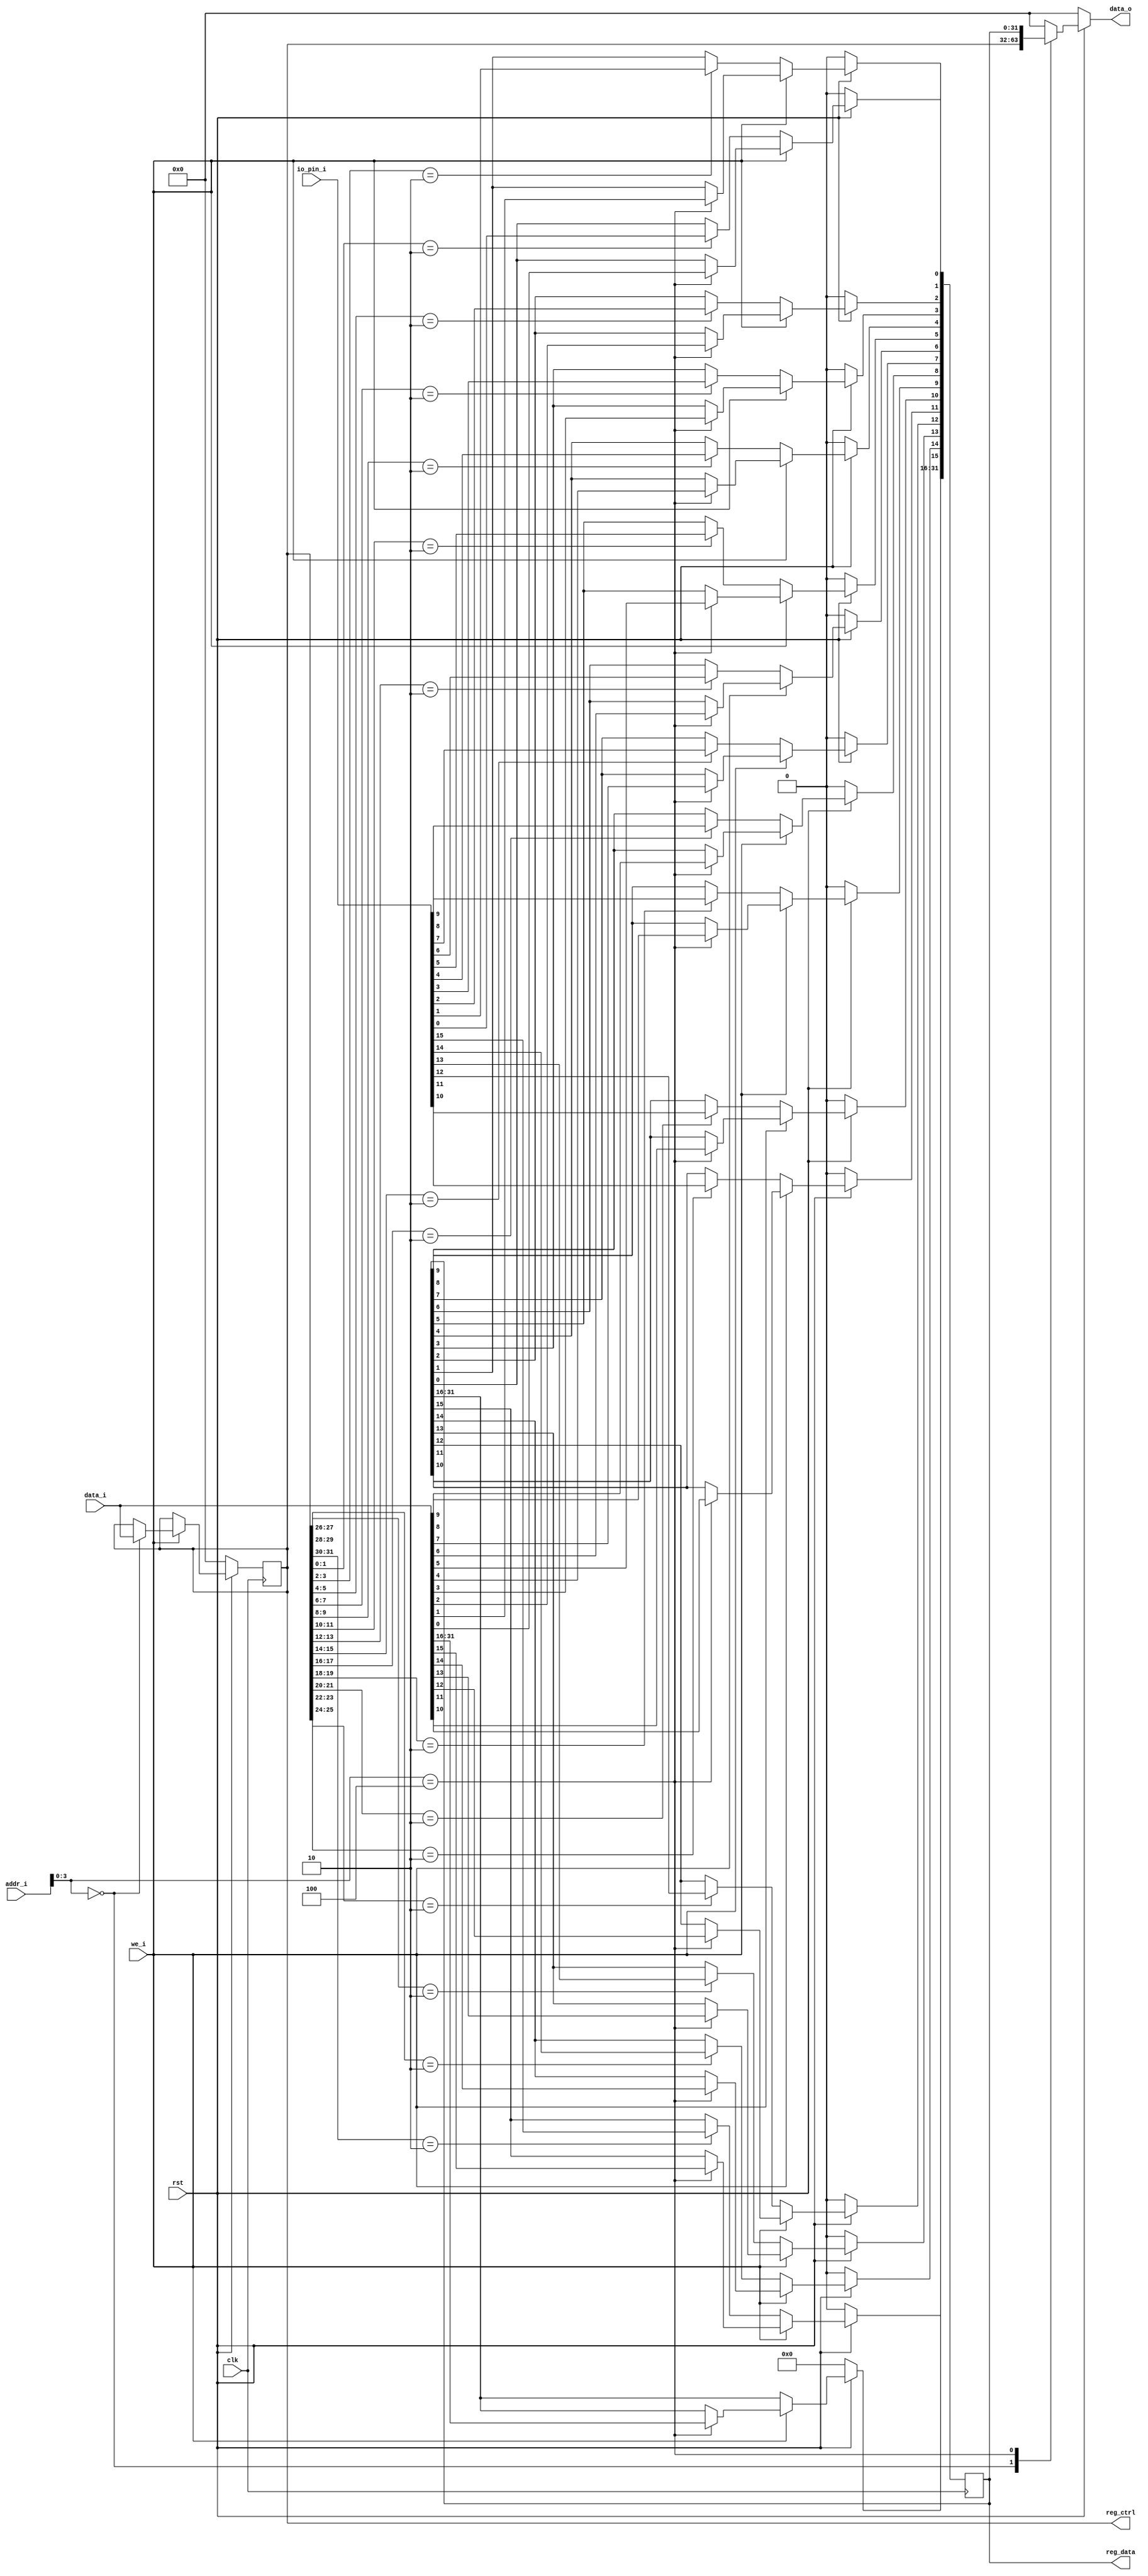
// GPIO
module gpio(

    input wire clk,
	input wire rst,

    input wire we_i,
    input wire[31:0] addr_i,
    input wire[31:0] data_i,

    output reg[31:0] data_o,

    input wire[15:0] io_pin_i,
    output wire[31:0] reg_ctrl,
    output wire[31:0] reg_data

    );


    // GPIO
    localparam GPIO_CTRL = 4'h0;
    // GPIO
    localparam GPIO_DATA = 4'h4;

    // 21IO16IO
    // 0: 12
    reg[31:0] gpio_ctrl;
    // 
    reg[31:0] gpio_data;


    assign reg_ctrl = gpio_ctrl;
    assign reg_data = gpio_data;


    // 
    always @ (posedge clk) begin
        if (rst == 1'b0) begin
            gpio_data <= 32'h0;
            gpio_ctrl <= 32'h0;
        end else begin
            if (we_i == 1'b1) begin
                case (addr_i[3:0])
                    GPIO_CTRL: begin
                        gpio_ctrl <= data_i;
                    end
                    GPIO_DATA: begin
                        gpio_data <= data_i;
                    end
                endcase
            end else begin
                if (gpio_ctrl[1:0] == 2'b10) begin
                    gpio_data[0] <= io_pin_i[0];
                end
                if (gpio_ctrl[3:2] == 2'b10) begin
                    gpio_data[1] <= io_pin_i[1];
                end
                if (gpio_ctrl[5:4] == 2'b10) begin
                    gpio_data[2] <= io_pin_i[2];
                end
                if (gpio_ctrl[7:6] == 2'b10) begin
                    gpio_data[3] <= io_pin_i[3];
                end

                if (gpio_ctrl[9:8] == 2'b10) begin
                    gpio_data[4] <= io_pin_i[4];
                end

                if (gpio_ctrl[11:10] == 2'b10) begin
                    gpio_data[5] <= io_pin_i[5];
                end

                if (gpio_ctrl[13:12] == 2'b10) begin
                    gpio_data[6] <= io_pin_i[6];
                end

                if (gpio_ctrl[15:14] == 2'b10) begin
                    gpio_data[7] <= io_pin_i[7];
                end

                if (gpio_ctrl[17:16] == 2'b10) begin
                    gpio_data[8] <= io_pin_i[8];
                end

                if (gpio_ctrl[19:18] == 2'b10) begin
                    gpio_data[9] <= io_pin_i[9];
                end

                if (gpio_ctrl[21:20] == 2'b10) begin
                    gpio_data[10] <= io_pin_i[10];
                end

                if (gpio_ctrl[23:22] == 2'b10) begin
                    gpio_data[11] <= io_pin_i[11];
                end

                if (gpio_ctrl[25:24] == 2'b10) begin
                    gpio_data[12] <= io_pin_i[12];
                end

                if (gpio_ctrl[27:26] == 2'b10) begin
                    gpio_data[13] <= io_pin_i[13];
                end

                if (gpio_ctrl[29:28] == 2'b10) begin
                    gpio_data[14] <= io_pin_i[14];
                end

                if (gpio_ctrl[31:30] == 2'b10) begin
                    gpio_data[15] <= io_pin_i[15];
                end
            end
        end
    end

    // 
    always @ (*) begin
        if (rst == 1'b0) begin
            data_o = 32'h0;
        end else begin
            case (addr_i[3:0])
                GPIO_CTRL: begin
                    data_o = gpio_ctrl;
                end
                GPIO_DATA: begin
                    data_o = gpio_data;
                end
                default: begin
                    data_o = 32'h0;
                end
            endcase
        end
    end

endmodule